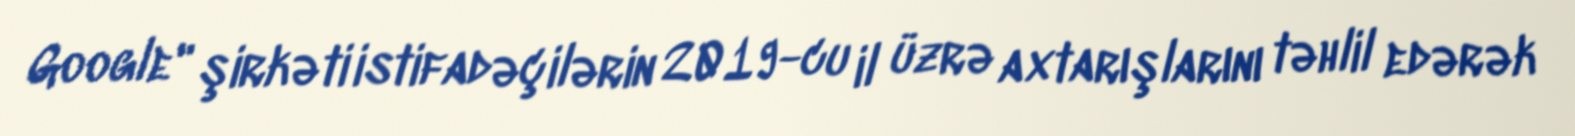
Google" şirkəti istifadəçilərin 2019-cu il üzrə axtarışlarını təhlil edərək